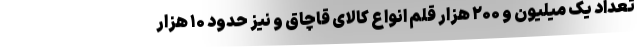
تعداد یک میلیون و ۲۰۰ هزار قلم انواع کالای قاچاق و نیز حدود ۱۰ هزار